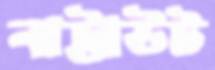
নাট্টাউট